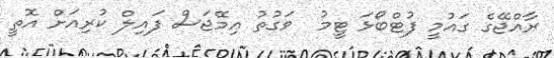
ރާއްޖޭގެ ގައުމީ ފުޓްބޯޅަ ޓީމު  ވަގުތު އިމޭޖަސް ފައިލް ކުރިއަށް އޮތީ